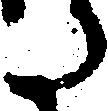
た